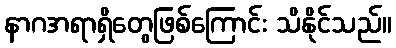
နာဂအရာရှိတွေဖြစ်ကြောင်း သိနိုင်သည်။